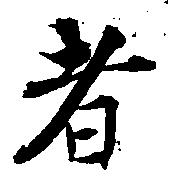
者